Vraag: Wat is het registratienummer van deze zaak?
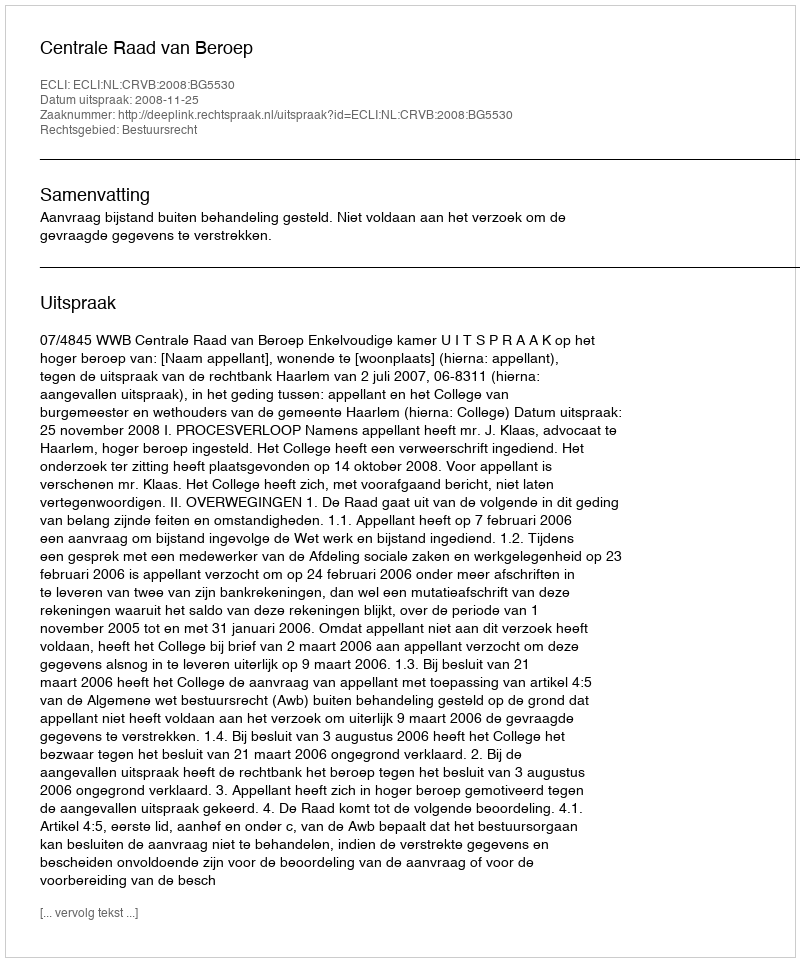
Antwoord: http://deeplink.rechtspraak.nl/uitspraak?id=ECLI:NL:CRVB:2008:BG5530